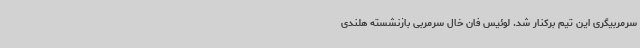
سرمربیگری این تیم برکنار شد. لوئیس فان خال سرمربی بازنشسته هلندی